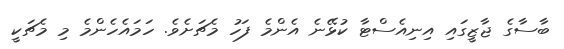
ބާސާގެ ޖާޒީގައި އިނިއެސްޓާ ކުޅޭނެ އެންމެ ފަހު މެޗަށެވެ. ހަމައެހެންމެ މި މެޗަކީ